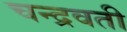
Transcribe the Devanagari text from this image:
चन्द्रवती